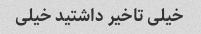
خیلی تاخیر داشتید خیلی